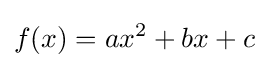
f(x)=ax^{2}+bx+c